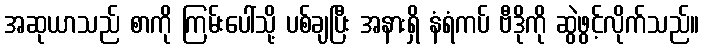
အဆုယာသည် စာကို ကြမ်းပေါ်သို့ ပစ်ချပြီး အနားရှိ နံရံကပ် ဗီဒိုကို ဆွဲဖွင့်လိုက်သည်။